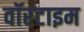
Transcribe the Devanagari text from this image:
वॉरटाइम